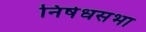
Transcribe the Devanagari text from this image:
निषेधसभा